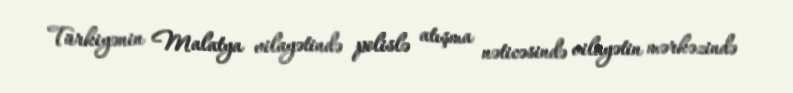
Türkiyənin Malatya vilayətində polislə atışma nəticəsində vilayətin mərkəzində